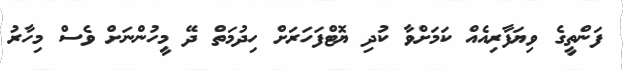
ފަންތީގެ ވިޔަފާރިއެއް ކަމަށްވާ ކުދި ޔޮޓްފަހަރަށް ހިދުމަތް ދޭ މީހުންނަށް ވެސް މިހާރު